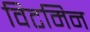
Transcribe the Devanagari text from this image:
विटमिन